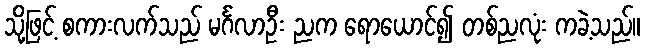
သို့ဖြင့် စကားလက်သည် မင်္ဂလာဦး ညက ရောယောင်၍ တစ်ညလုံး ကခဲ့သည်။